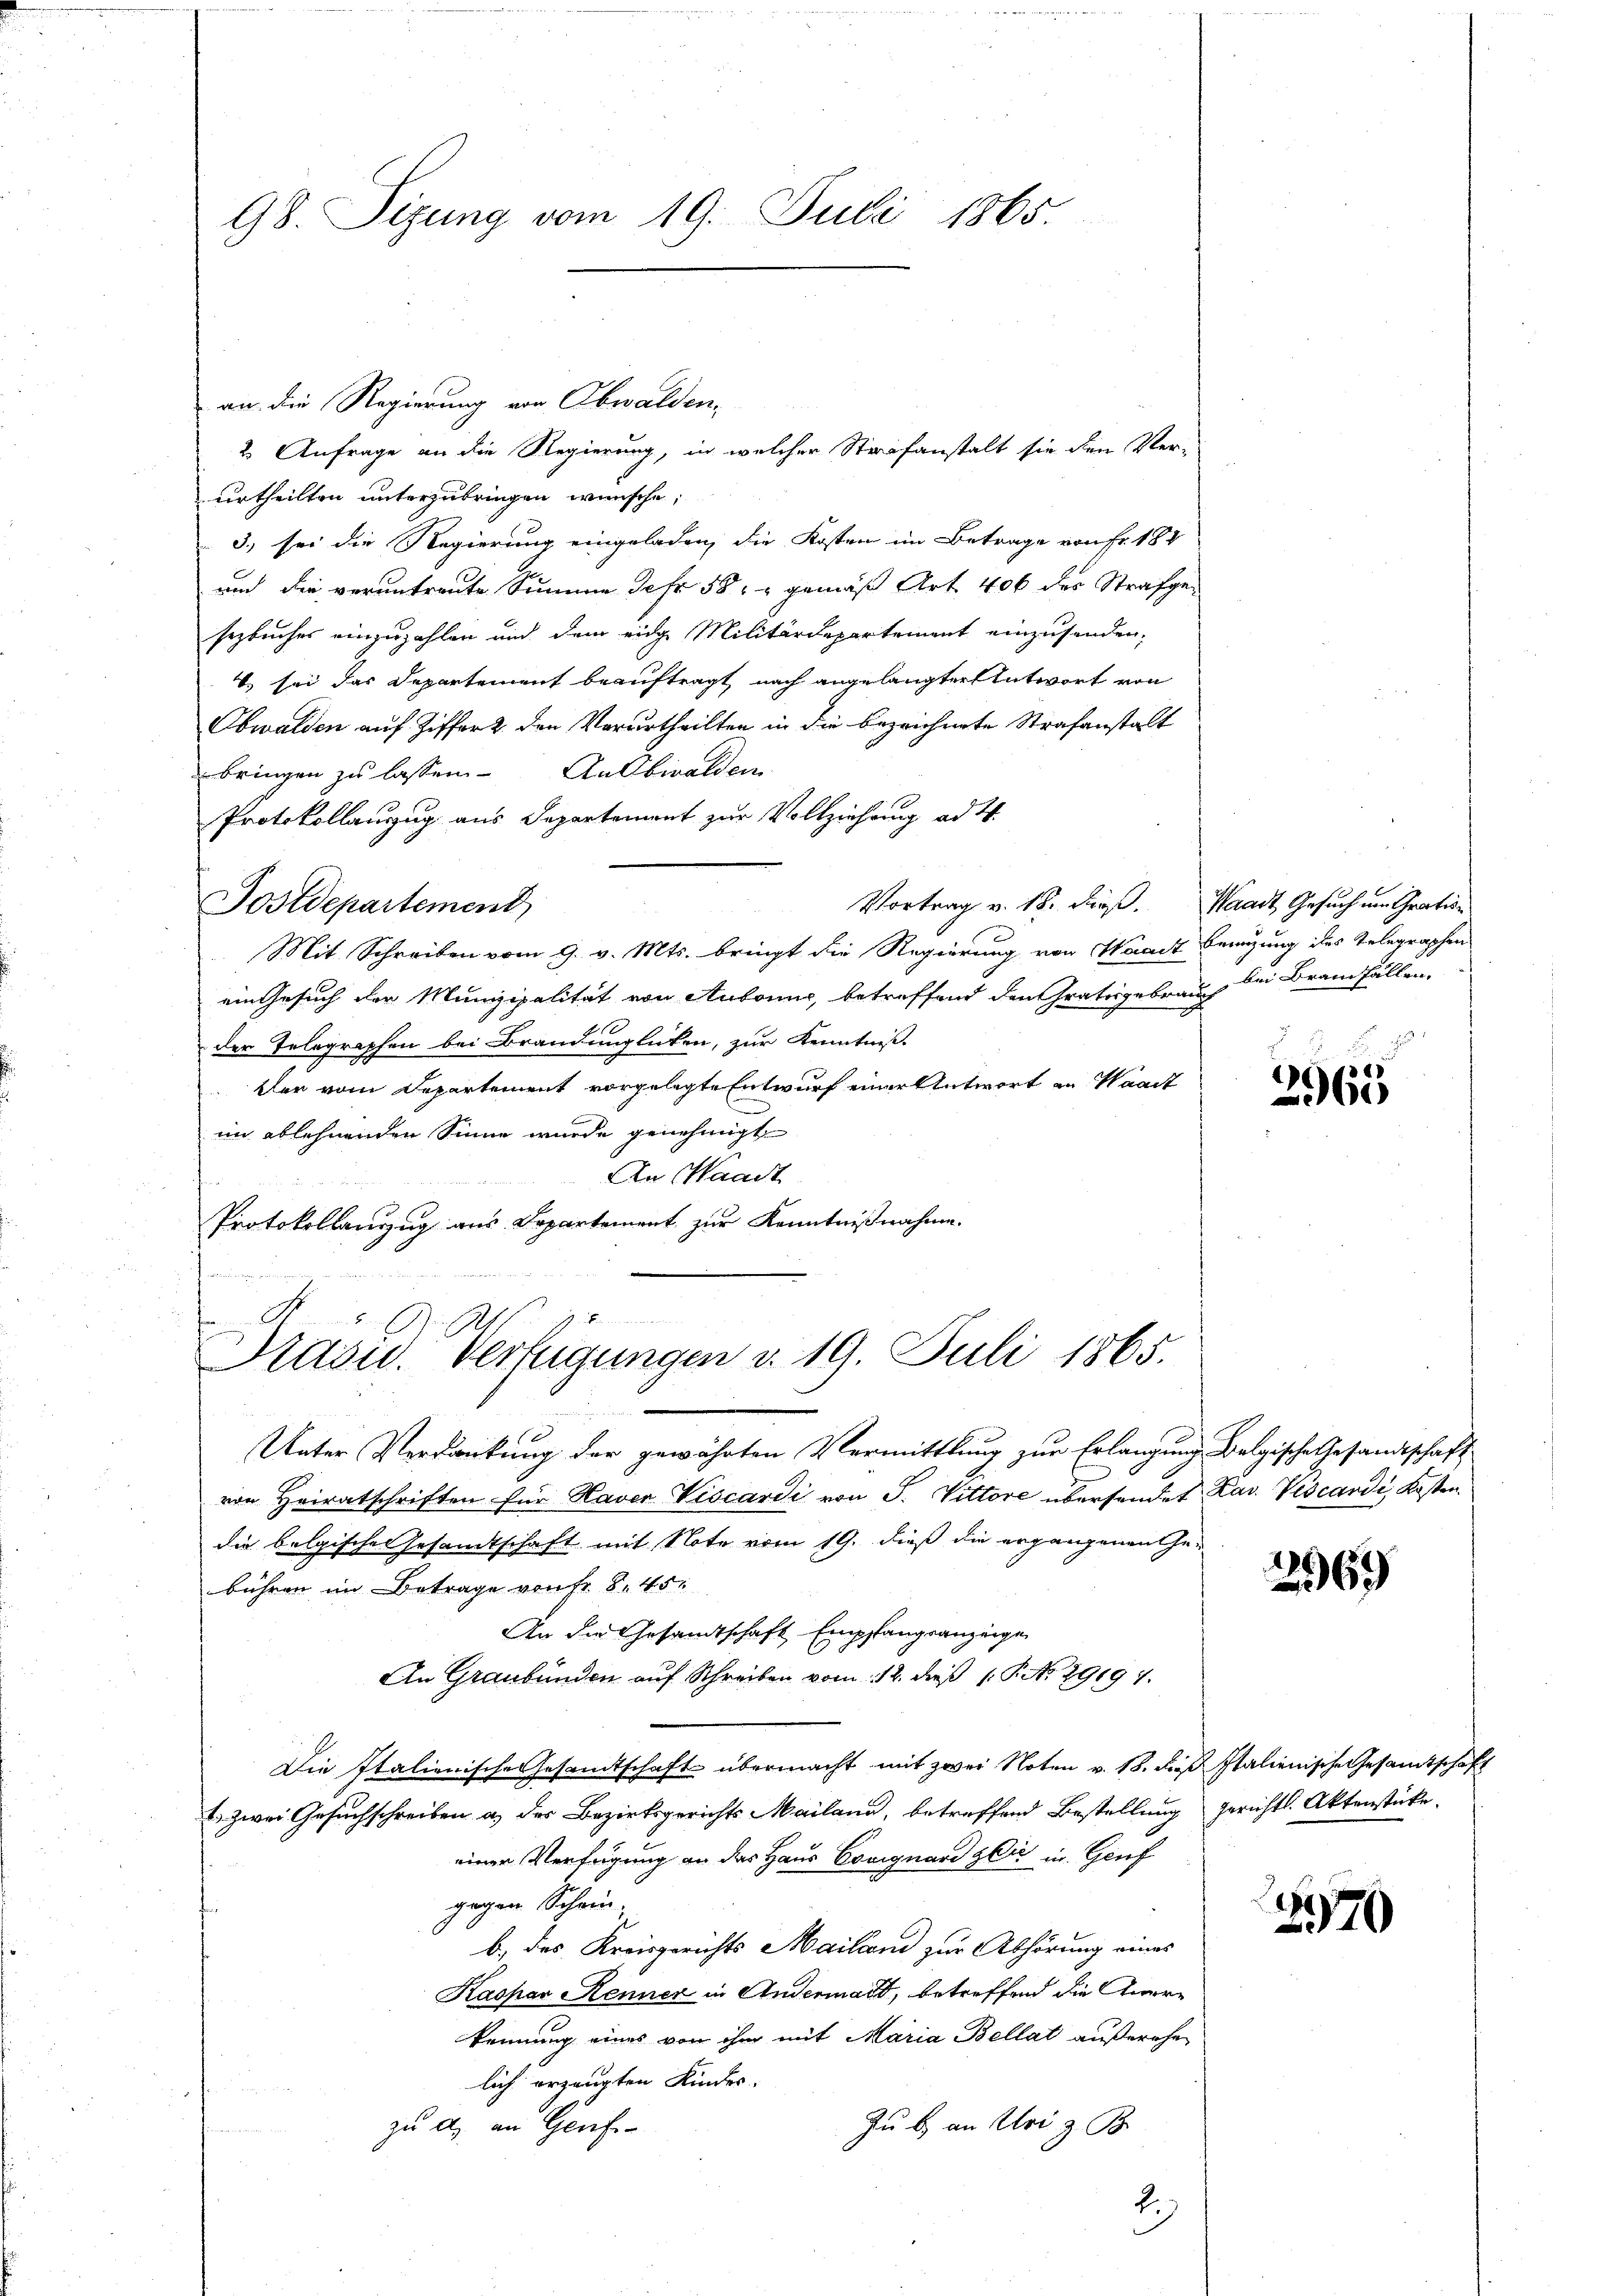
98. Sizung vom 19. Juli 1865.

an die Regierung von Obwalden,
2 Anfrage an die Regierung, in welcher Strafanstalt sie den Ver-
urtheilten unterzubringen wünsche,
3.) sei die Regierung eingeladen, die Kosten im Betrage von Fr. 184
und die veruntreute Summe Jahr 58 gemäß Art. 406 des Strafgesezbuches einzuzahlen und dem eidg Militärdepartement einzusenden,
) sei das Departement beauftragt, nach angelangter Antwort von
Obwalden auf Ziffer 2. den Verurtheilten in die bezeichnete Strafanstalt
bringen zu lassen. An Obwalden
Protokollauszug aus Departemont zur Vollziehung ad 2.
Vortrag v. 18. dieß. Waadt, Gesuch um Gration
Postdepartement
Mit Schreiben vom 9. v. Mts. bringt die Regierung von Waadt Benuzung des Telegraphen
ein Gesuch der Munizipalität von Aubonne, betreffend den ratisgebrauch bei Branfällen.
16
der Telegraphen bei Brandinglichen, zur Kenntnis.
Der vom Departement vorgelegte Entwurf einer Antwort in Waadt
im ablehnenden Sinne wurde genehmigt
An Waadt
Protokollanzug aus Departement zur Kenntnißnahme.

Präsid.. Verfügungen d. 19. Juli 1865.

Unter Verdankung der gewährten Vermittlung zur Erlangung belgische Gesandtschaft
von Heiratschriften für Haver Viscardi von S. Vittore übersendet Rav. Viscandi, Kosten.
die belgische Gesandtschaft mit Note vom 19. dieß die ergangenen Gebühren im Betrage von Fr. 845.
An die Gesandtschaft Empfangsanzeige
An Graubünden auf Schreiben vom 12. dieß 1 S. No. 29197.
Die Italienische Gesandtschaft übermacht mit zwei Noten v. 18. dieß Italienische Gesamtschaft
. zwei Gesuchschreiben an der Bezirksgerichts Mailand, betreffend Bestellung gerichts. Aktenstücke.
einer Verfügung an das Haus Essignard gli in Gruf
gegen Schein;
b) des Kreisgerichts Mailand zur Abhörung eines
Kaspar Kenner in Andermand, betreffend die Anerkennung eines von ihm mit Maria Bellat außerehe
lich erzeugten Kindes.
Zu b. an Uri z. B.
zu a. an Genf
2.)

2965

2969

2970